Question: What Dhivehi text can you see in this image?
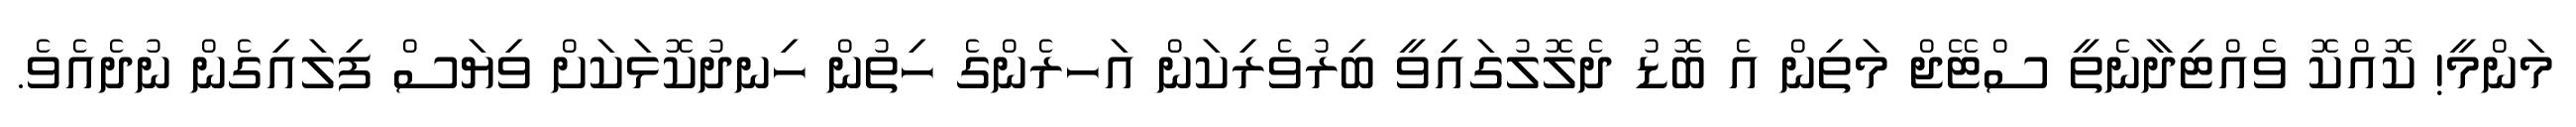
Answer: މަންމީ! ކޮއްކޮ ވެއްޓިދާނެތީ ސްޓޭޖް މަތިން އެ ބޮޑު ދެލޮލުގައިވީ ބިރުވެރިކަން އަހރެންގެ ހިތުން ހިނދުކޮޅަކަށް ވިޔަސް ފިލައިގެން ނުދެއެވެ.